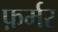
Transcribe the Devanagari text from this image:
फ़र्मर